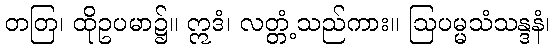
တတြ၊ ထိုဥပမာ၌။ ဣဒံ၊ လတ္တံ့သည်ကား။ ဩပမ္မသံသန္ဒနံ၊